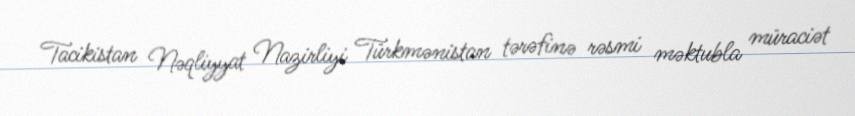
Tacikistan Nəqliyyat Nazirliyi Türkmənistan tərəfinə rəsmi məktubla müraciət